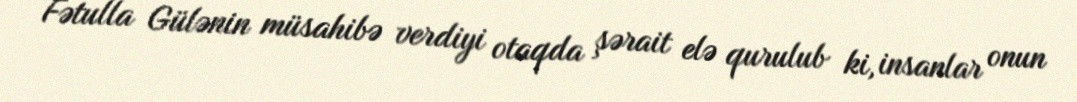
Fətulla Gülənin müsahibə verdiyi otaqda şərait elə qurulub ki, insanlar onun